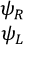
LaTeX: \begin{array} { c } { { \psi _ { R } } } \\ { { \psi _ { L } } } \end{array}